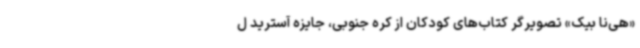
«هی‌نا بیک» تصویرگر کتاب‌های کودکان از کره‌ جنوبی، جایزه آسترید ل